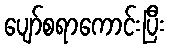
ပျော်စရာကောင်းပြီး